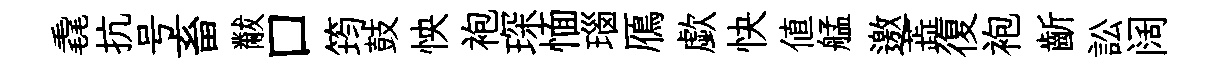
毳抗号畜黻口筠鼓怏袍琛愐瑙鴈歔快値艋邀蕋復袍齗訟阔